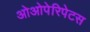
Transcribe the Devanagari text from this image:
ओओपेरिपेटस